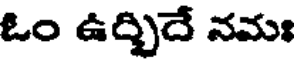
ఓం ఉద్భిదే నమః